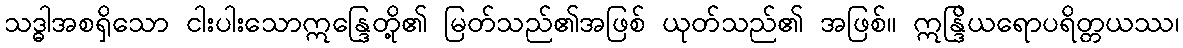
သဒ္ဓါအစရှိသော ငါးပါးသောဣန္ဒြေတို့၏ မြတ်သည်၏အဖြစ် ယုတ်သည်၏ အဖြစ်။ ဣန္ဒြိယရောပရိတ္တယဿ၊